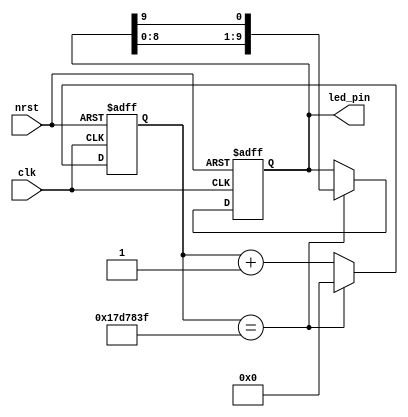
module led(clk,nrst,led_pin);

	input clk;//50M
	input nrst;//
	output [9:0]led_pin;//LED
	
	reg [31:0]cnt;
	reg [9:0]pin;
	
	always@(posedge clk,negedge nrst)
	if(!nrst)
		cnt <= 32'd0;
	else if(cnt == 32'd24_999_999)
		cnt <= 32'd0;
	else
		cnt <= cnt + 1'b1;
		
	always@(posedge clk,negedge nrst)
	if(!nrst)
		pin <= 10'd1;
	else if(cnt == 32'd24_999_999)
		pin <= {pin[8:0],pin[9]};
		
	assign led_pin = pin;
	
endmodule